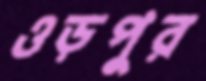
ওড়পুর